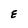
Character: E